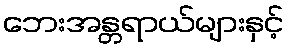
ဘေးအန္တရာယ်များနှင့်